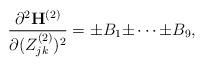
LaTeX: \begin{align*} \frac{\partial^2 \mathbf H^{(2)}}{\partial (Z_{jk}^{(2)})^2}={\pm}B_1{\pm}\cdots{\pm}B_9,\end{align*}